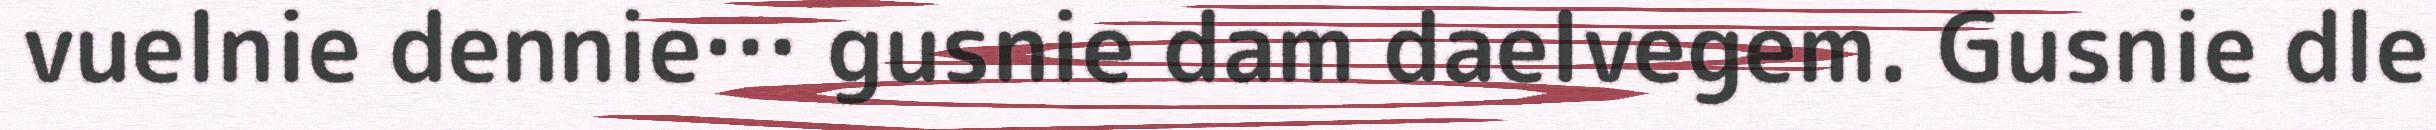
vuelnie dennie… gusnie dam daelvegem. Gusnie dle